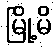
မြို့မိ